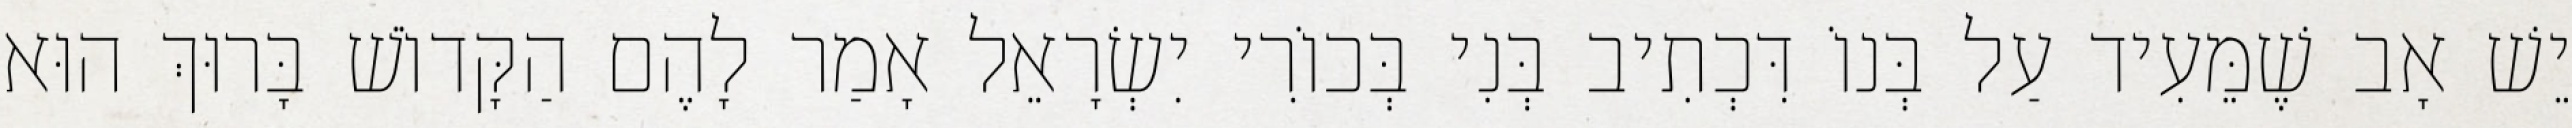
יֵשׁ אָב שֶׁמֵּעִיד עַל בְּנוֹ דִּכְתִיב בְּנִי בְּכוֹרִי יִשְׂרָאֵל אָמַר לָהֶם הַקָּדוֹשׁ בָּרוּךְ הוּא